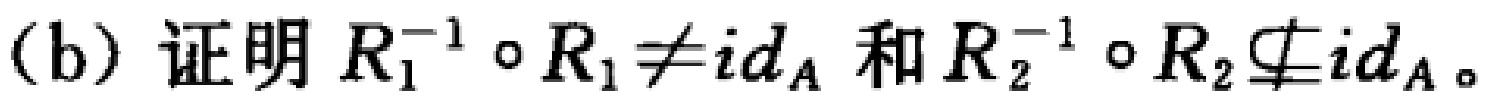
(b) 证明 \(R_1^{-1} \circ R_1 \neq id_A\) 和 \(R_2^{-1} \circ R_2 \nsubseteq id_A\)。